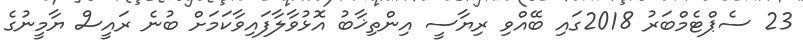
23 ސެޕްޓެމްބަރު 2018ގައި ބޭއްވި ރިޔާސީ އިންތިޚާބު އޮޅުވާލާފައިވާކަމަށް ބުނެ ރައީސް ޔާމީނުގެ